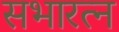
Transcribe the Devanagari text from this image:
सभारत्न